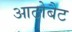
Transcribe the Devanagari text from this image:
आटोबैट